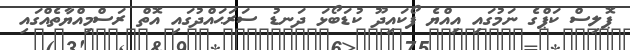
ޕޮލިސް ކަޕްގެ ނަމުގައި އިއްޔެ ފޯކައިދޫ ކުޑަބޯޅަ ދަނޑު ސަރަޙައްދުގައި އޮތް ރަސްމިއްޔާތެއްގައި